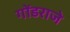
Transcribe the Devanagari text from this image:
गोंडराजे